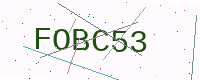
Text: FOBC53